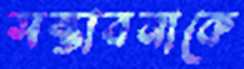
সম্ভাবনাকে